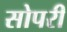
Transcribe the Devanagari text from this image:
सोपरी